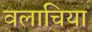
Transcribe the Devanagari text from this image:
वलाचिया